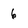
Character: 6